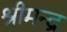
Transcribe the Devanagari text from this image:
श्रीमन्द्र